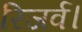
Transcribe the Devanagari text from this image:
रिजर्व।